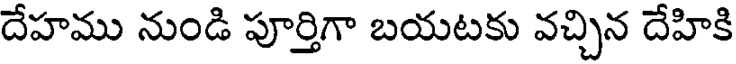
దేహము నుండి పూర్తిగా బయటకు వచ్చిన దేహికి